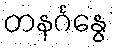
တနင်္ဂနွေ